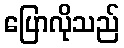
ပြောလိုသည်